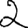
Digit: 2